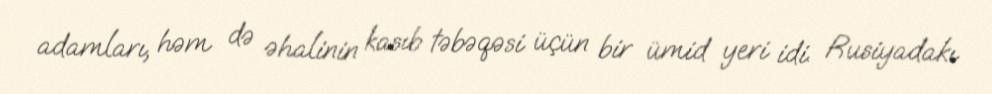
adamları, həm də əhalinin kasıb təbəqəsi üçün bir ümid yeri idi. Rusiyadakı